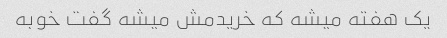
یک هفته میشه که خریدمش میشه گفت خوبه